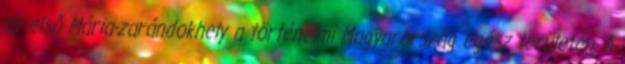
az első Mária-zarándokhely a történelmi Magyarország egész területén. A